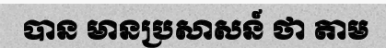
បាន មានប្រសាសន៍ ថា តាម